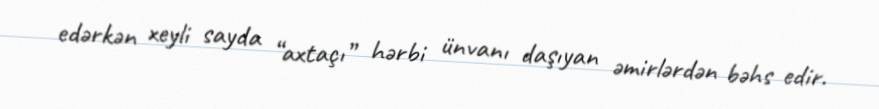
edərkən xeyli sayda “axtaçı” hərbi ünvanı daşıyan əmirlərdən bəhs edir.